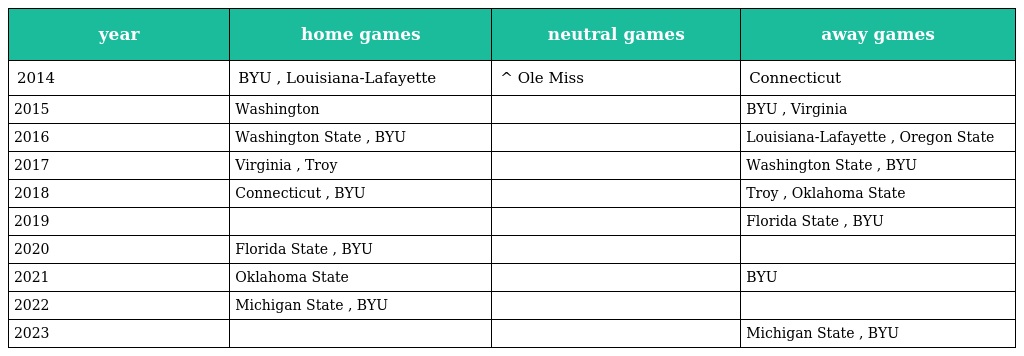
| year | home games | neutral games | away games |
 | --- | --- | --- | --- |
 | 2014 | BYU , Louisiana-Lafayette | ^ Ole Miss | Connecticut |
 | 2015 | Washington |  | BYU , Virginia |
 | 2016 | Washington State , BYU |  | Louisiana-Lafayette , Oregon State |
 | 2017 | Virginia , Troy |  | Washington State , BYU |
 | 2018 | Connecticut , BYU |  | Troy , Oklahoma State |
 | 2019 |  |  | Florida State , BYU |
 | 2020 | Florida State , BYU |  |  |
 | 2021 | Oklahoma State |  | BYU |
 | 2022 | Michigan State , BYU |  |  |
 | 2023 |  |  | Michigan State , BYU |